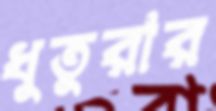
ধুতুরার